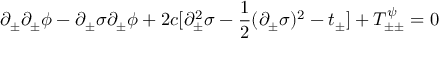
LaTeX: \partial _ { \pm } \partial _ { \pm } \phi - \partial _ { \pm } \sigma \partial _ { \pm } \phi + 2 c [ \partial _ { \pm } ^ { 2 } \sigma - { \frac { 1 } { 2 } } ( \partial _ { \pm } \sigma ) ^ { 2 } - t _ { \pm } ] + T _ { \pm \pm } ^ { \psi } = 0